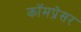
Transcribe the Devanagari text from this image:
कॉमप्रेसर